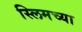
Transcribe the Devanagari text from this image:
स्लिमच्या